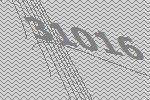
31016